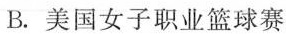
B.美国女子职业篮球赛